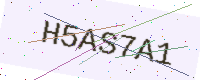
Text: H5AS7A1